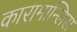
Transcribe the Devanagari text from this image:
कारामान्लिस